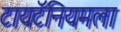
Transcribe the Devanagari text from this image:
टायटॅनियमला